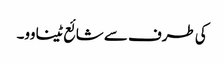
کی طرف سے شائع ٹینا وو۔